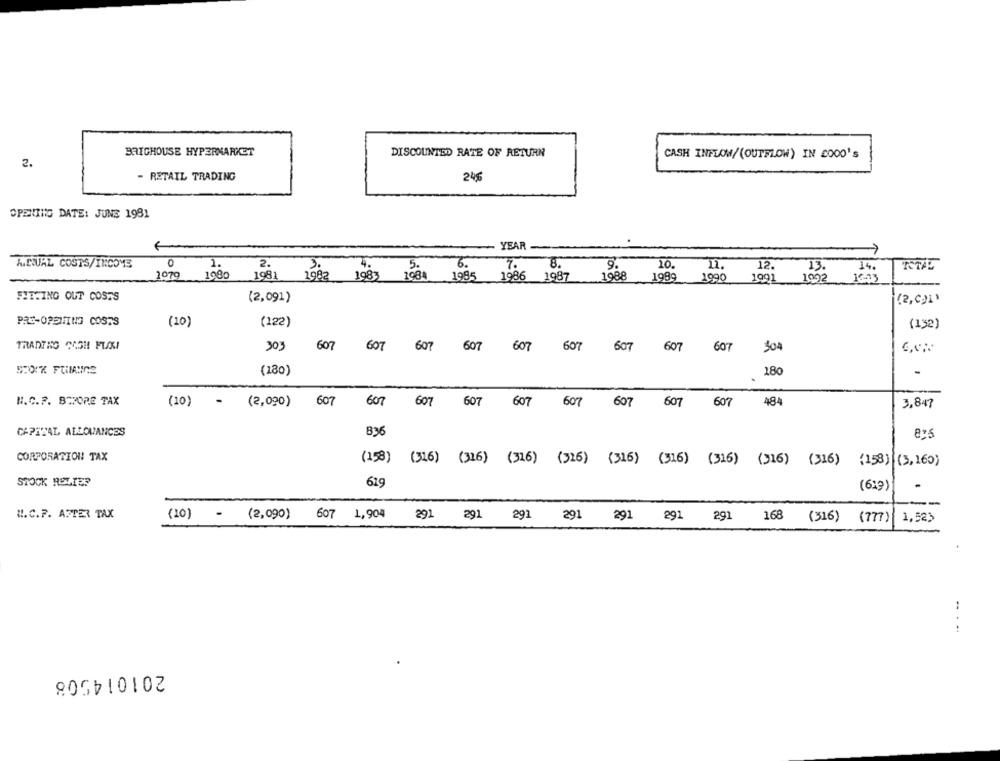
BRIGHOUSE HYPERMARKET
DISCOUNTED RATE OF RETURN
CASH INFLOW/(OUTFLOW) IN 2000'S
2.
- RETAIL TRADING
246
OPENING DATE: JUNS 1981
YEAR
ANUAL COSTS/INCOME
1.
2.
4.
5.
6.
7.
8.
9.
10.
1079
1981 1982
12.
13 .
14.
1980
1983
1984 1995
1986
1987
1988
1989
1990
1991
1002
16-23
FITTING OUT COSTS
(2,091)
(2,c)1)
PRE-OPENING COSTS
(10)
(122)
(132)
TRADING CASH FUKI
303
607
607 607 607 607
607
607
607 607
304
(180)
180
H.C.F. BEFORE TAX
(10)
(2,090)
607
607
607
607
607
607
607
607
607
484
3,847
CAPITAL ALLOWANCES
825
CORPORATION TAX
(158)
(316) (316) (316) (326) (316) (316) (316) (316) (316) (158) (3, 160)
STOCK RELIER
619
(619)
W. C. F. AFTER TAX
(10) - (2,090)
607 1,904
291
291
291 291 291 291 291
168
(316) (777)
1,523
...
201014508